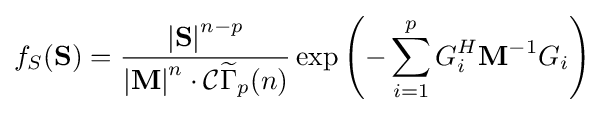
f_{S}(\mathbf {S} )={\frac {\left|\mathbf {S} \right|^{n-p}}{\left|\mathbf {M} \right|^{n}\cdot {\mathcal {C}}{\widetilde {\Gamma }}_{p}(n)}}\exp \left(-\sum _{i=1}^{p}G_{i}^{H}\mathbf {M} ^{-1}G_{i}\right)